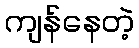
ကျန်နေတဲ့